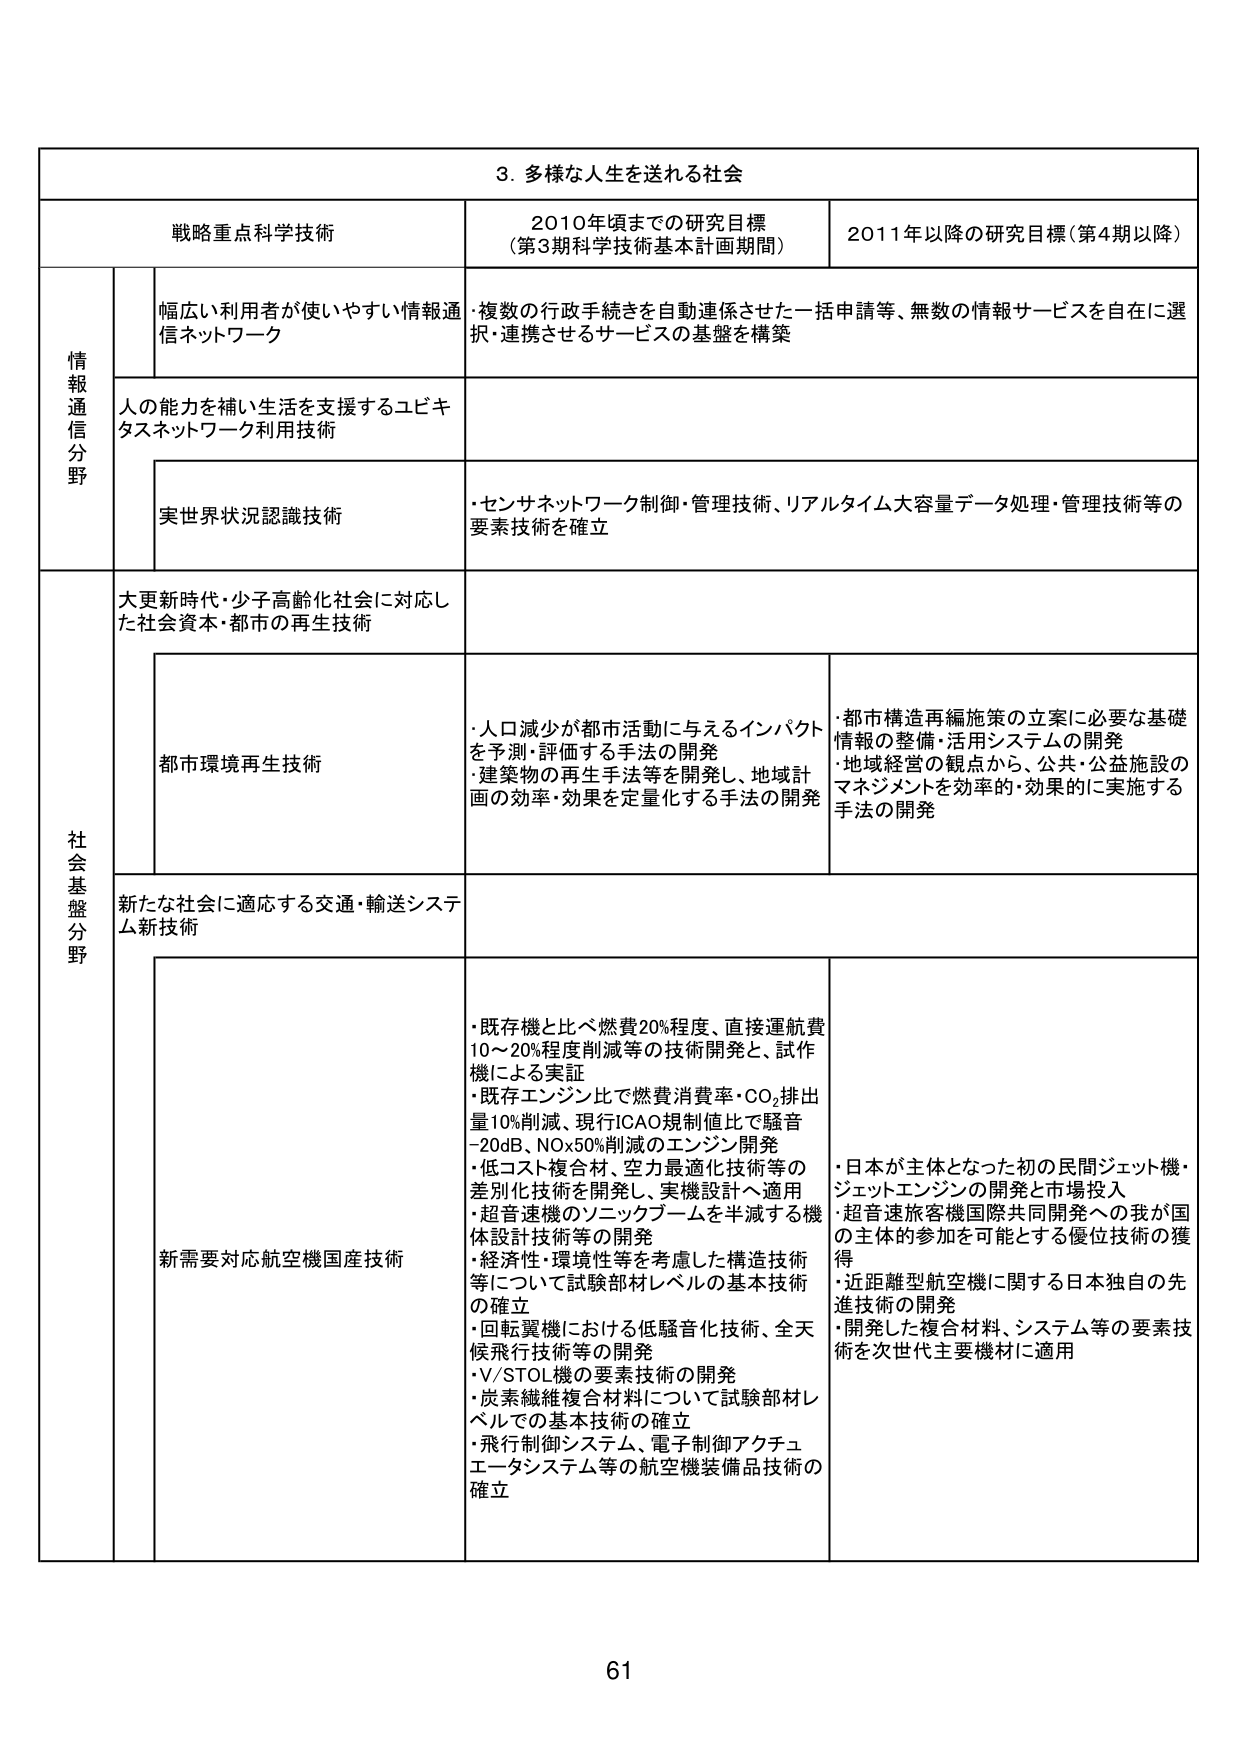
3. 多様な人生を送れる社会

戦略重点科学技術 2010年頃までの研究目標 （第3期科学技術基本計画期間） 2011年以降の研究目標（第4期以降）

情報通信分野
幅広い利用者が使いやすい情報通信ネットワーク
・複数の行政手続きを自動連係させた一括申請等、無数の情報サービスを自在に選択・連携させるサービスの基盤を構築

人の能力を補い生活を支援するユビキタスネットワーク利用技術

実世界状況認識技術
・センサネットワーク制御・管理技術、リアルタイム大容量データ処理・管理技術等の要素技術を確立

社会基盤分野
大更新時代・少子高齢化社会に対応した社会資本・都市の再生技術

都市環境再生技術
・人口減少が都市活動に与えるインパクトを予測・評価する手法の開発
・建築物の再生手法等を開発し、地域計画の効率・効果を定量化する手法の開発
・都市構造再編施策の立案に必要な基礎情報の整備・活用システムの開発
・地域経営の観点から、公共・公益施設のマネジメントを効率的・効果的に実施する手法の開発

新たな社会に適応する交通・輸送システム新技術

新需要対応航空機国産技術
・既存機と比べ燃費20%程度、直接運航費10～20%程度削減等の技術開発と、試作機による実証
・既存エンジン比で燃費消費率・CO₂排出量10%削減、現行ICAO規制値比で騒音-20dB、NOx50%削減のエンジン開発
・低コスト複合材、空力最適化技術等の差別化技術を開発し、実機設計へ適用
・超音速機のソニックブームを半減する機体設計技術等の開発
・経済性・環境性等を考慮した構造技術等について試験部材レベルの基本技術の確立
・回転翼機における低騒音化技術、全天候飛行技術等の開発
・V/STOL機の要素技術の開発
・炭素繊維複合材料について試験部材レベルでの基本技術の確立
・飛行制御システム、電子制御アクチュエータシステム等の航空機装備品技術の確立

・日本が主体となった初の民間ジェット機・ジェットエンジンの開発と市場投入
・超音速旅客機国際共同開発への我が国の主体的参加を可能とする優位技術の獲得
・近距離型航空機に関する日本独自の先進技術の開発
・開発した複合材料、システム等の要素技術を次世代主要機材に適用

61